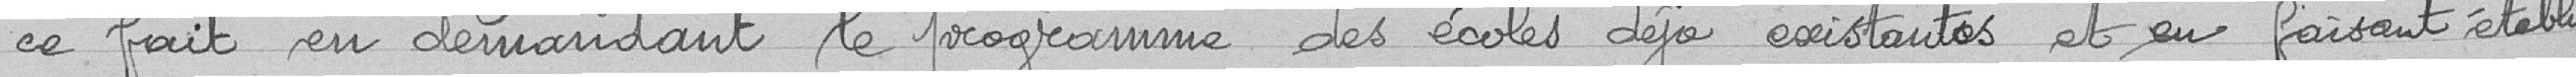
ce fait en demandant le programme des écoles déjà existantes et en faisant établir